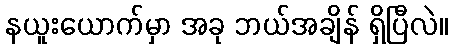
နယူးယောက်မှာ အခု ဘယ်အချိန် ရှိပြီလဲ။